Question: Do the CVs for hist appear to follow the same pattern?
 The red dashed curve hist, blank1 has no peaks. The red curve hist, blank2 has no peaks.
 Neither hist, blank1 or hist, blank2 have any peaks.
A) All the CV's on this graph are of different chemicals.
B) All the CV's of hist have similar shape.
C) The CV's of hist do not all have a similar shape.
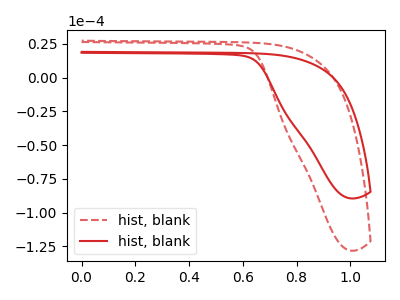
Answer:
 <answer>B) All the CV's of "hist" have similar shape.</answer>
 <eval>B</eval>